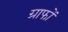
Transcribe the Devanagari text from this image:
ग्राफों